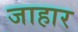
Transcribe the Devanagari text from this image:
जाहार